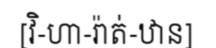
[វិ-ហា-រ៉ាត់-ឋាន]